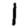
Digit: 1